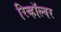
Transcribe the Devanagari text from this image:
रिव्हॉल्वर